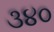
૩૪૦